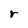
Character: r